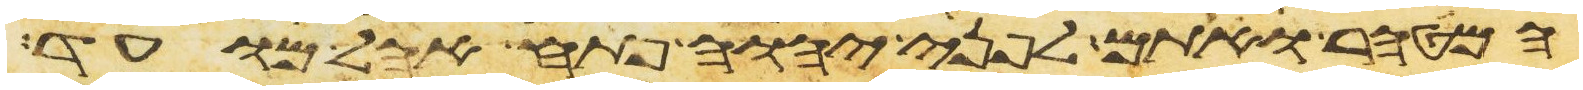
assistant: המטהר ואתם לפני יהוה פתח אהל מועד